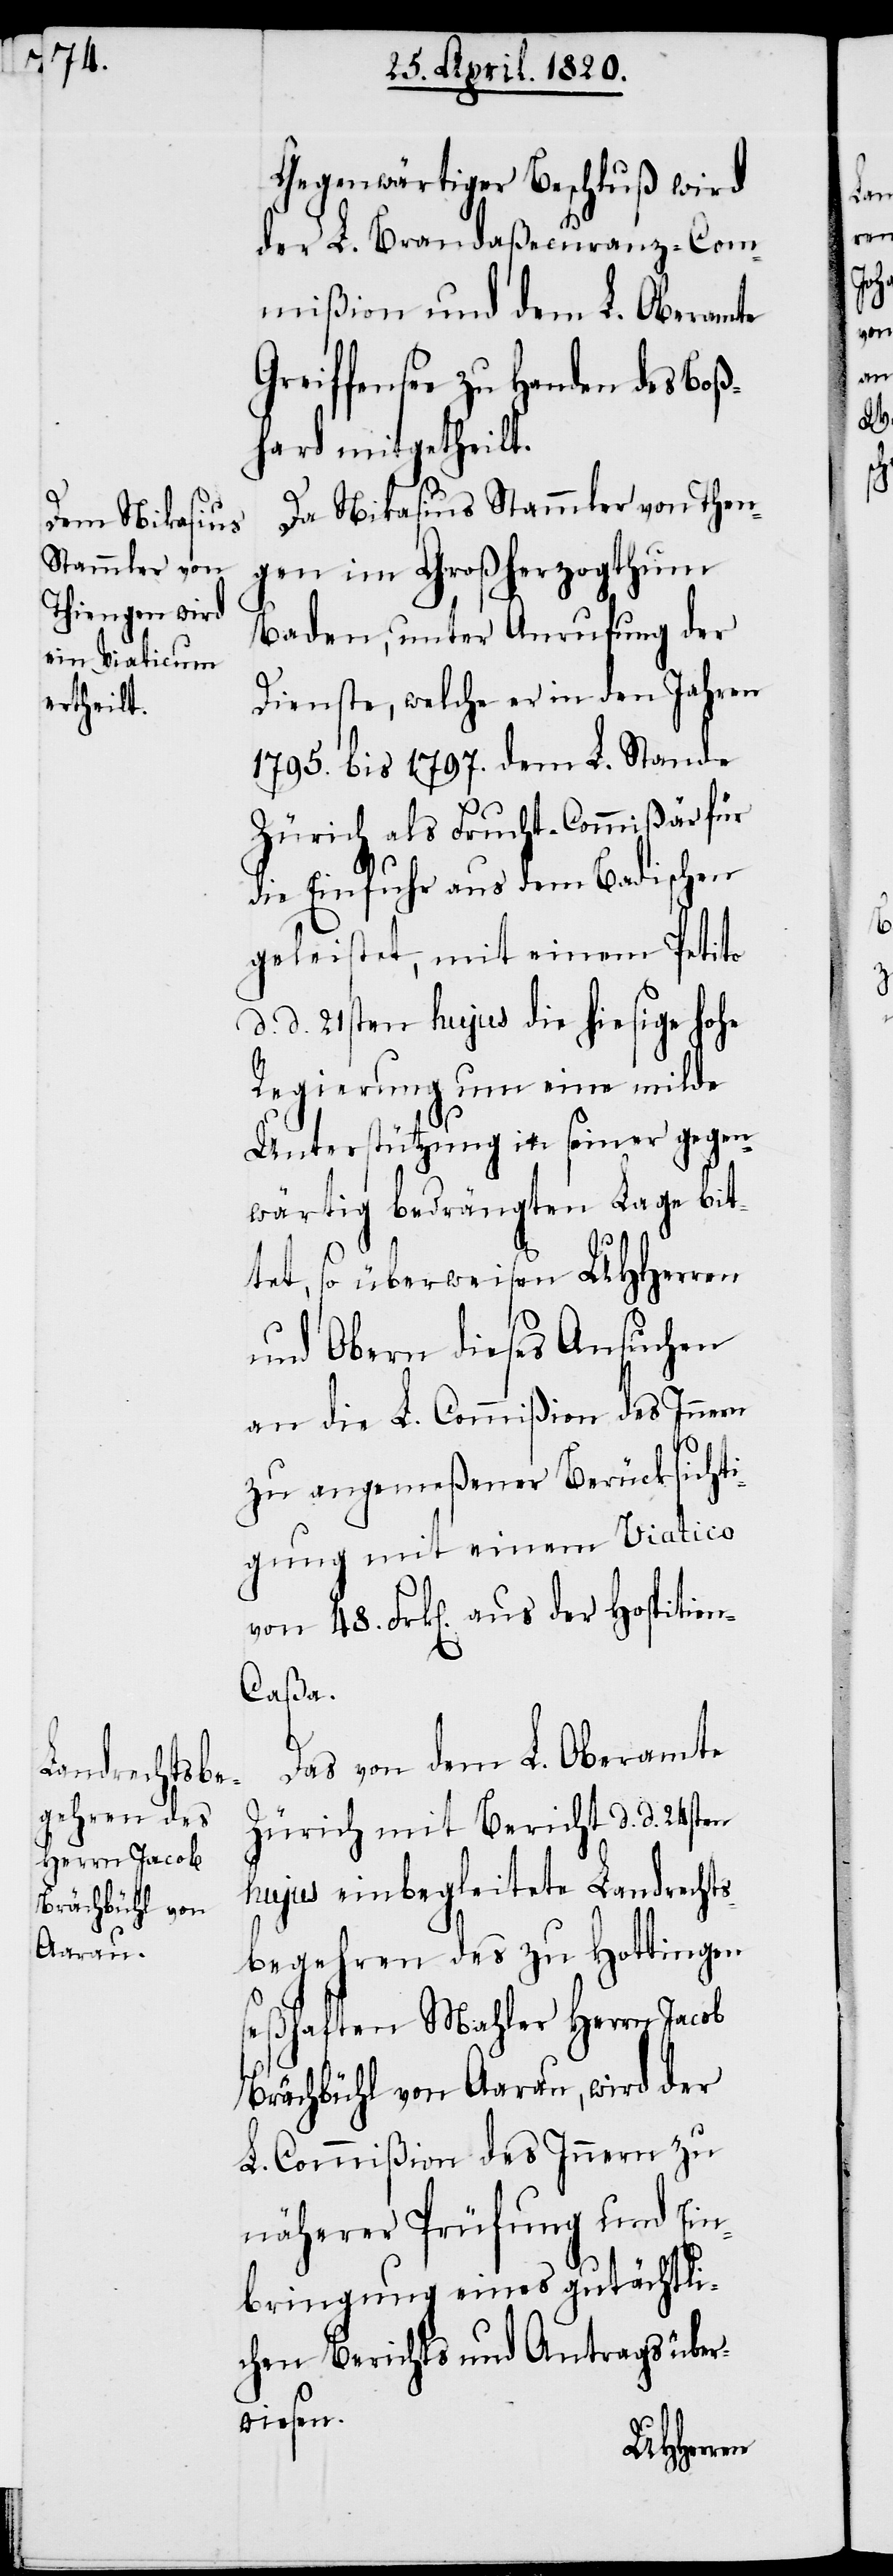
Gegenwärtiger Beschluß wird
der L. Brandaßecuranz-Com¬
mißion und dem L. Oberamte
Greiffensee zu Handen des Boß¬
hard mitgetheilt.
Da Nikasius Stammler von Then¬
gen im Großherzogthum
Baden, unter Anrufung der
Dienste, welche er in den Jahren
1795. bis 1707., dem L. Stande
Zürich als Frucht-Commißär für
die Einsuche aus dem Badischen
geleistet, mit einem Petito
d. d. 21sten hujus die hiesige Hohe
Regierung um eine milde
Unterstützung in seiner gegen¬
wärtig bedrängten Lage bit¬
tet, so überweisen UHHerren
und Obern dieses Ansuchen
an die L. Commißion des Innern
zu angemeßener Berücksicht¬
igung mit einem Viatico
von 48. Frk[en]. aus der Hospitie¬
n-Caßa.
Das von dem L. Oberamte
Zürich mit Bericht d. d. 24sten
hujus einbegleitete Landrechts¬
begehren des zu Hottingen
seßhaften Mahler Herrn Jacob
Brächbühl von Aarau, wird der
L. Commißion des Innern zu
näherer Prüfung und Ein¬
bringung eines gutächtli¬
chen Berichts und Antrags über¬
wiesen.